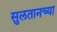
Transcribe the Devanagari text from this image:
सुलतानच्या